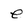
Character: e